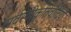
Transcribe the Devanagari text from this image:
सर्वस्वीकृतिवादियों